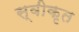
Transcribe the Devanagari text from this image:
स्वीकृत